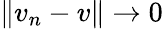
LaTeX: \left\| v_{n}-v\right\| \rightarrow 0